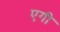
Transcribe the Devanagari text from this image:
एगी